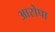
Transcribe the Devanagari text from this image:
आरोपा